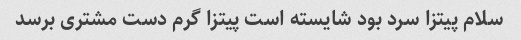
سلام پیتزا سرد بود شایسته است پیتزا گرم دست مشتری برسد